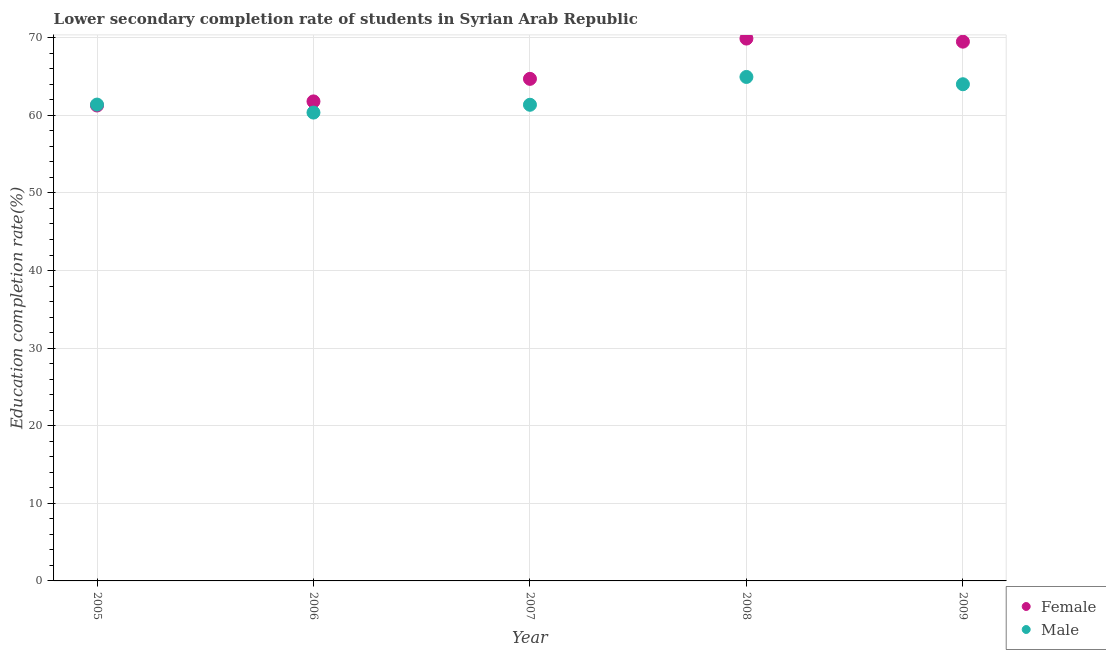
| Year | Female | Male |
 | --- | --- | --- |
 | 2005 | 61.3 | 61.4 |
 | 2006 | 61.8 | 60.4 |
 | 2007 | 64.7 | 61.4 |
 | 2008 | 69.9 | 64.9 |
 | 2009 | 69.5 | 64 |